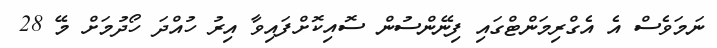
ނަމަވެސް އެ އެގްރިމަންޓްގައި ފިނޭންސުން ސޮއިކޮށްފައިވާ އިރު ހުއްދަ ހޯދުމަށް މޭ 28